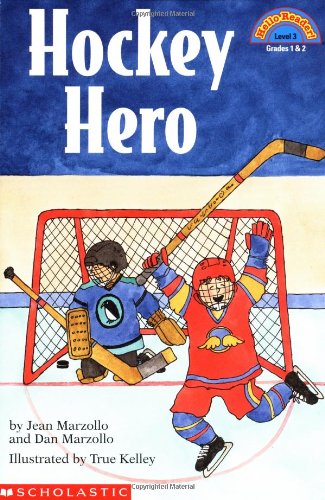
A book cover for Hockey Hero (Hello Reader! Level 2); Jean Marzollo; Children's Books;